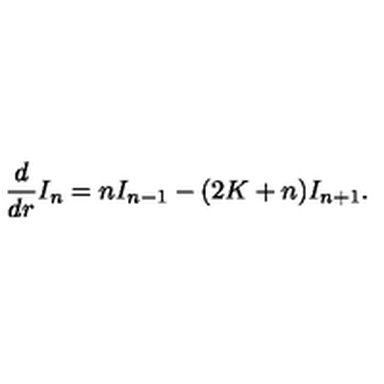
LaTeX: \frac { d } { d r } I _ { n } = n I _ { n - 1 } - ( 2 K + n ) I _ { n + 1 } .